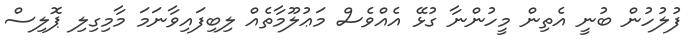
ފުލުހުން ބުނީ އެތިން މީހުންނާ ގުޅޭ އެއްވެސް މަޢުލޫމާތެއް ލިބިފައިވާނަމަ މާމިގިލި ޕޮލިސް